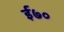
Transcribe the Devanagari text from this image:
ई७०